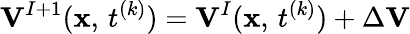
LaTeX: {\mathbf V}^{I+1}({\mathbf x},\, t^{(k)})={\mathbf V}^{I}({\mathbf x},\, t^{(k)})+\Delta{\mathbf V}